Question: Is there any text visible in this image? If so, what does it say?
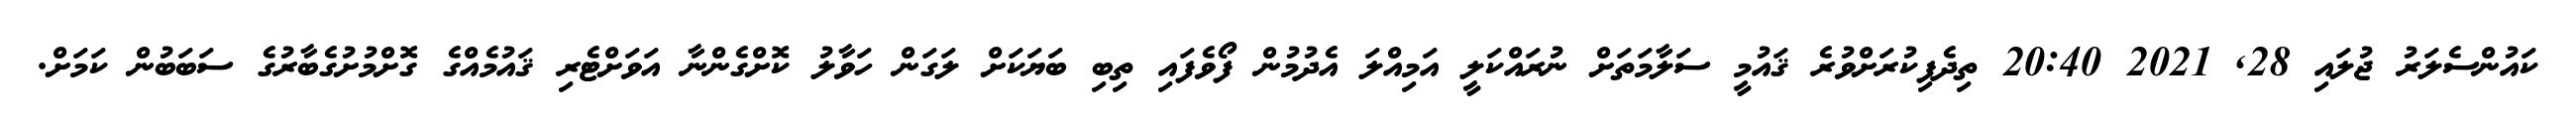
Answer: ކައުންސެލަރު ޖުލައި 28, 2021 20:40 ތިދެފިކުރަށްވުރެ ޤައުމީ ސަލާމަތަށް ނުރައްކަލީ އަމިއްލަ އެދުމުން ފޯވެފައި ތިބި ބަޔަކަށް ލަގަން ހަވާލު ކޮށްގެންނާ އަވަށްޓެރި ޤައުމެއްގެ ގޮށްމުށުގެބާރުގެ ސަބަބުން ކަމަށް.